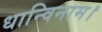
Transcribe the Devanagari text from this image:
धान्विनाम।